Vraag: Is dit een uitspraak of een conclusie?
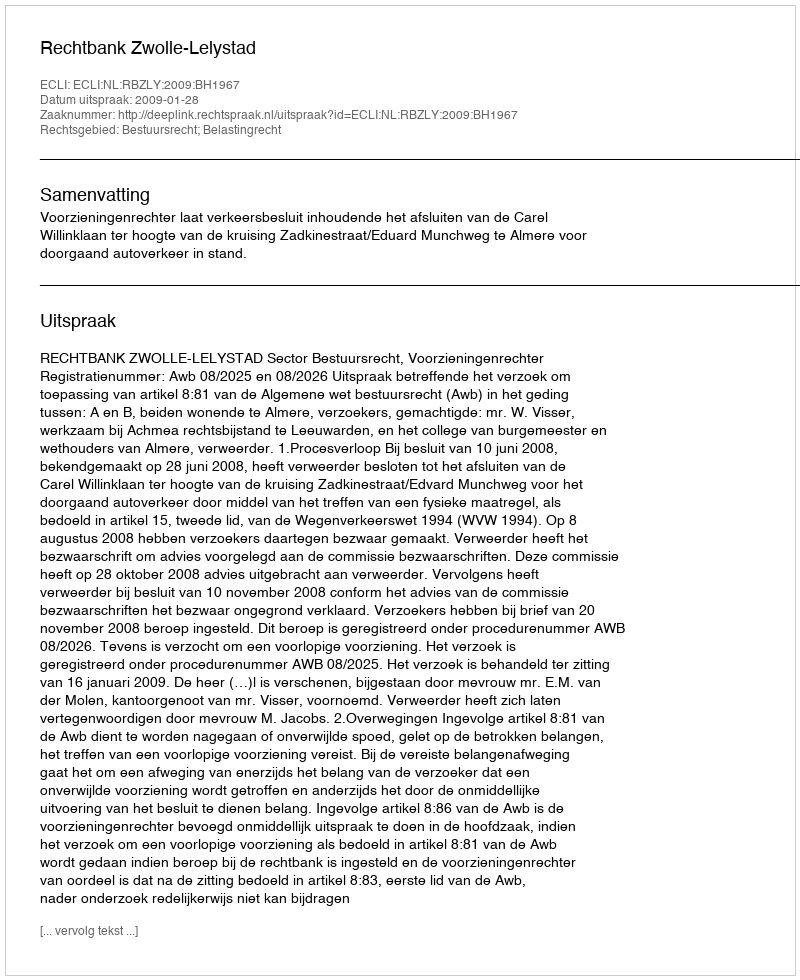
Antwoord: Uitspraak